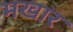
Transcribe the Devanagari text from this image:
मखार